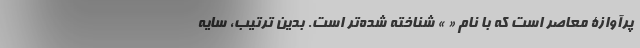
پُرآوازۀ معاصر است که با نام « » شناخته شده‌تر است. بدین ترتیب، سایه